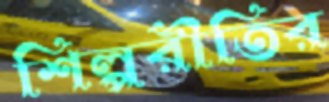
শিল্পরীতির